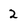
Character: 2